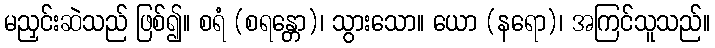
မညှင်းဆဲသည် ဖြစ်၍။ စရံ (စရန္တော)၊ သွားသော။ ယော (နရော)၊ အကြင်သူသည်။